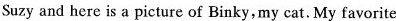
Suzy and here is a picture of Binky,my cat. My favorite